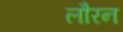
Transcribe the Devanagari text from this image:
लौरन